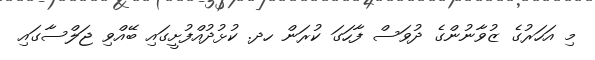
މި އަހަރުގެ ޒުވާނުންގެ ދުވަސް ފާހަގަ ކުރަން ހދ. ކުޅުދުއްފުށީގައި ބޭއްވި ޖަލްސާގައި